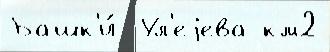
Башк'и́  Ул'еjева км2